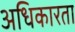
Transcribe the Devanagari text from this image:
अधिकारता